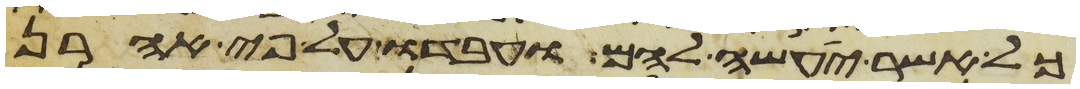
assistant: כל אשר יעשה להם ועבדו על פי אהרן